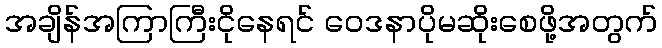
အချိန်အကြာကြီးငိုနေရင် ဝေဒနာပိုမဆိုးစေဖို့အတွက်